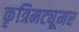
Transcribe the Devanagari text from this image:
कृत्रिमट्यूमर